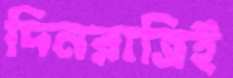
দিনরাত্রিই